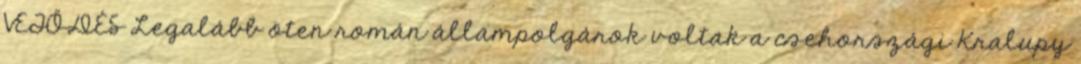
VETŐDÉS Legalább öten román állampolgárok voltak a csehországi Kralupy